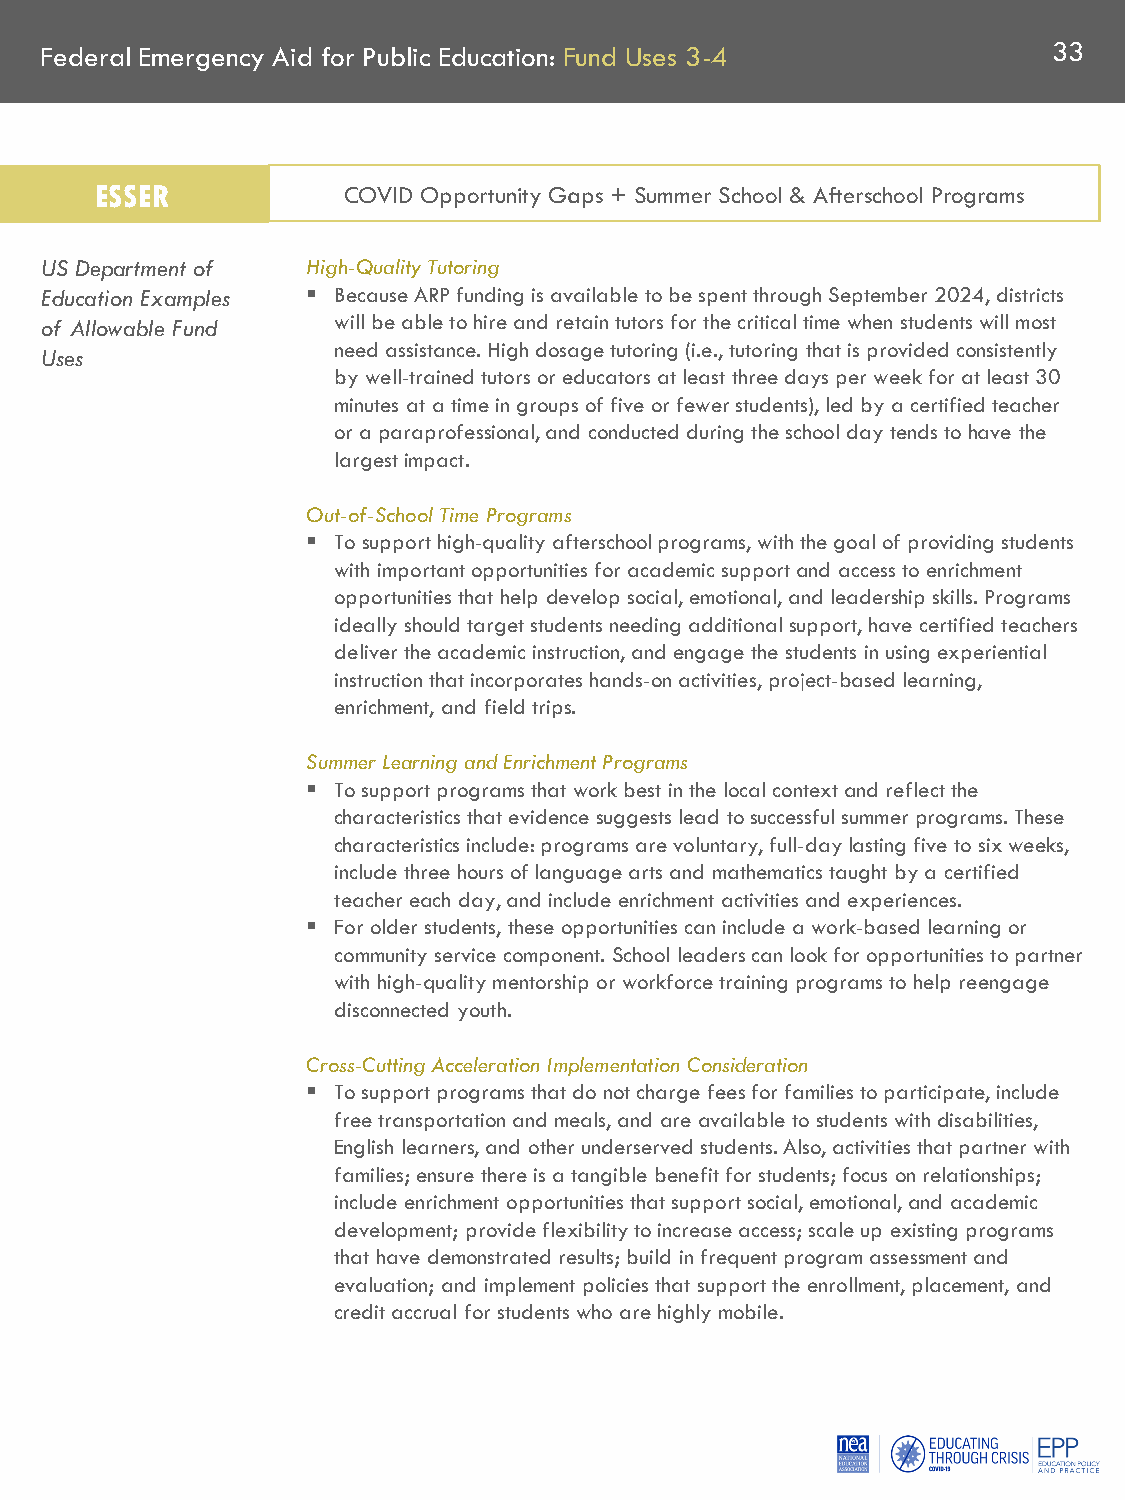
Federal Emergency Aid for Public Education: Fund Uses 3-4          33
 ESSER            COVID Opportunity Gaps + Summer School & Afterschool Programs
 US Department of High-Quality Tutoring
 Education Examples  Because ARP funding is available to be spent through September 2024, districts
 of Allowable Fund  will be able to hire and retain tutors for the critical time when students will most
 need assistance. High dosage tutoring (i.e., tutoring that is provided consistently
 Uses
 by well-trained tutors or educators at least three days per week for at least 30
 minutes at a time in groups of five or fewer students), led by a certified teacher
 or a paraprofessional, and conducted during the school day tends to have the
 largest impact.
 Out-of-School Time Programs
  To support high-quality afterschool programs, with the goal of providing students
 with important opportunities for academic support and access to enrichment
 opportunities that help develop social, emotional, and leadership skills. Programs
 ideally should target students needing additional support, have certified teachers
 deliver the academic instruction, and engage the students in using experiential
 instruction that incorporates hands-on activities, project-based learning,
 enrichment, and field trips.
 Summer Learning and Enrichment Programs
  To support programs that work best in the local context and reflect the
 characteristics that evidence suggests lead to successful summer programs. These
 characteristics include: programs are voluntary, full-day lasting five to six weeks,
 include three hours of language arts and mathematics taught by a certified
 teacher each day, and include enrichment activities and experiences.
  For older students, these opportunities can include a work-based learning or
 community service component. School leaders can look for opportunities to partner
 with high-quality mentorship or workforce training programs to help reengage
 disconnected youth.
 Cross-Cutting Acceleration Implementation Consideration
  To support programs that do not charge fees for families to participate, include
 free transportation and meals, and are available to students with disabilities,
 English learners, and other underserved students. Also, activities that partner with
 families; ensure there is a tangible benefit for students; focus on relationships;
 include enrichment opportunities that support social, emotional, and academic
 development; provide flexibility to increase access; scale up existing programs
 that have demonstrated results; build in frequent program assessment and
 evaluation; and implement policies that support the enrollment, placement, and
 credit accrual for students who are highly mobile.